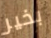
بخير